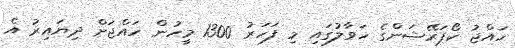
ހައްޖު ކޯޕަރޭޝަންގެ ހަވާލުގައި މި ފަހަރު 1300 މީހުން ހައްޖަށް ދިޔައިރު އެ